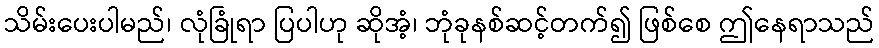
သိမ်းပေးပါမည်၊ လုံခြုံရာ ပြပါဟု ဆိုအံ့၊ ဘုံခုနစ်ဆင့်တက်၍ ဖြစ်စေ ဤနေရာသည်